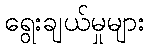
ရွေးချယ်မှုများ